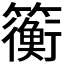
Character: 𫂬